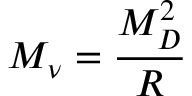
M _ { \nu } = \frac { M _ { D } ^ { 2 } } { R }